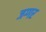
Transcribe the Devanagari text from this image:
जग्गर